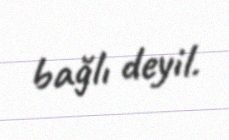
bağlı deyil.